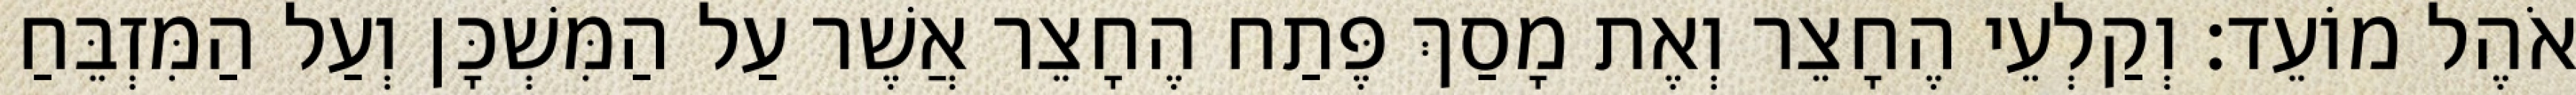
אֹהֶל מוֹעֵד׃ וְקַלְעֵי הֶחָצֵר וְאֶת מָסַךְ פֶּתַח הֶחָצֵר אֲשֶׁר עַל הַמִּשְׁכָּן וְעַל הַמִּזְבֵּחַ